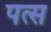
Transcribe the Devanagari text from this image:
पत्स